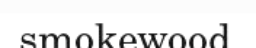
smokewood